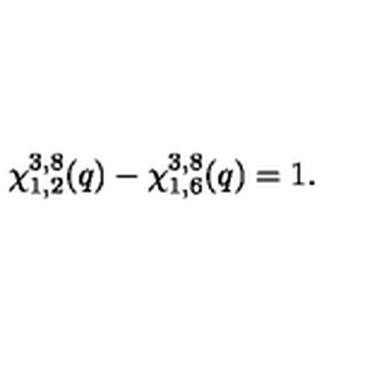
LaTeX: \chi _ { 1 , 2 } ^ { 3 , 8 } ( q ) - \chi _ { 1 , 6 } ^ { 3 , 8 } ( q ) = 1 .